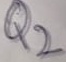
Text: Q2